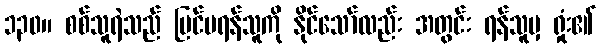
၁၃၀။ စစ်သူရဲသည် ပြင်ပရန်သူကို နိုင်သော်လည်း အတွင်း ရန်သူမှ ရှုံး၏